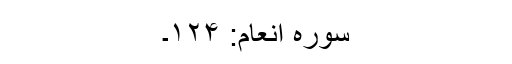
سورہ انعام: ۱۲۴۔